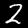
Digit: 2